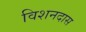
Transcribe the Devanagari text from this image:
विशनदास